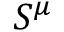
S ^ { \mu }